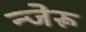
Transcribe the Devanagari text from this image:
न्जेरू